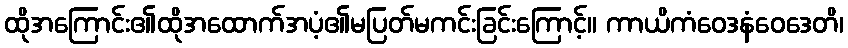
ထိုအကြောင်း၏ထိုအထောက်အပံ့၏မပြတ်မကင်းခြင်းကြောင့်။ ကာယိကံဝေဒနံဝေဒေတိ၊